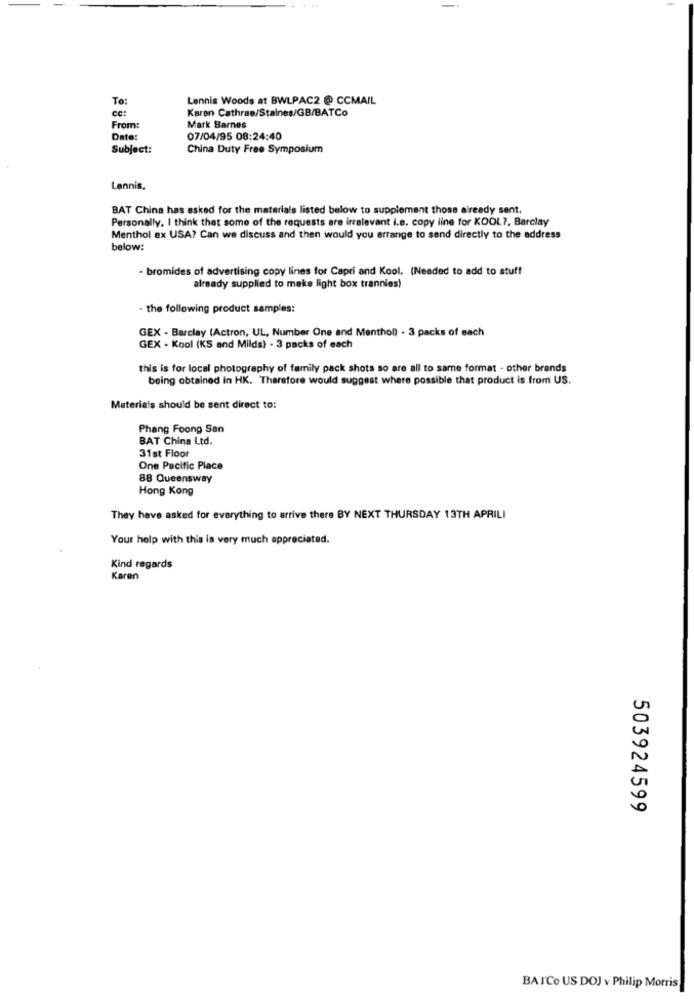
To:
Lennis Woods at BWLPAC2 @ CCMAIL
CC :
Karen Cathrae/Staines/GB/BATCo
From:
Mark Barnes
Date:
07/04/95 08:24:40
Subject:
China Duty Free Symposium
Lennis,
BAT China has asked for the materials listed below to supplement those already sent.
Personally. I think that some of the requests are irrelevant i.e. copy line for KOOL ?, Barclay
Menthol ex USA? Can we discuss and then would you arrange to send directly to the address
below:
- bromides of advertising copy lines for Capri and Kool. (Needed to add to stuff
already supplied to make light box trannies)
- the following product samples:
GEX - Barclay (Actron, UL, Number One and Menthol) - 3 packs of each
GEX . Kool (KS and Milds) - 3 packs of each
this is for local photography of family pack shots so are all to same format - other brands
being obtained in HK. Therefore would suggest where possible that product is from US.
Materia's should be sent direct to:
Phang Foong San
BAT China Ltd.
31st Floor
One Pacific Place
88 Queensway
Hong Kong
They have asked for everything to arrive there BY NEXT THURSDAY 13TH APRILI
Your help with this is very much appreciated.
Kind regards
Karen
503924599
BATCo US DOJ v Philip Morris